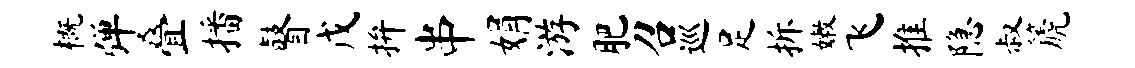
概弹叠播瞽戊拚串娟游肥召巡足拆嫩飞推隐叔篪